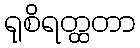
ရုစိရတ္ထတာ